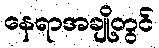
နေရာအချို့တွင်